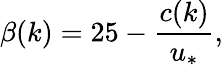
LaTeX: \beta(k)=25-\frac{c(k)}{u_{*}},